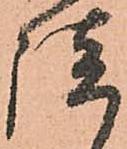
談